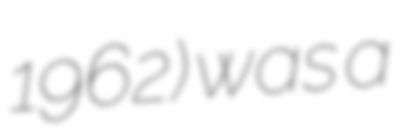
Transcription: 1962) was a